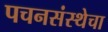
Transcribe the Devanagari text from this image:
पचनसंस्थेचा